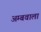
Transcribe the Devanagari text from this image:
अम्बवाला